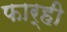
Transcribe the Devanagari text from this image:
फार्ही